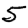
Digit: 5